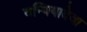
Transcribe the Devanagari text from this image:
वन्थियादेवा